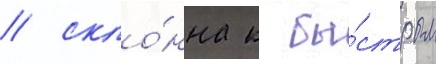
/ скло́нна к бы́стрым